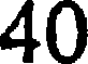
40